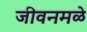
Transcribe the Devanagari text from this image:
जीवनमळे